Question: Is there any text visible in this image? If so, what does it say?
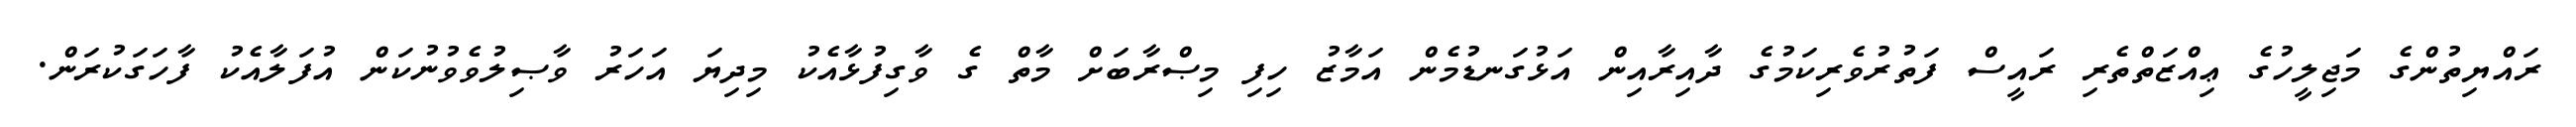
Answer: ރައްޔިތުންގެ މަޖިލީހުގެ ޢިއްޒަތްތެރި ރައީސް ފަތުރުވެރިކަމުގެ ދާއިރާއިން އަޅުގަނޑުމެން އަމާޒު ހިފި މިޞްރާބަށް މާތް ގެ ވާގިފުޅާއެކު މިދިޔަ އަހަރު ވާޞިލުވެވުނުކަން އުފަލާއެކު ފާހަގަކުރަން.